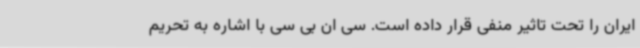
ایران را تحت تاثیر منفی قرار داده است. سی ان بی سی با اشاره به تحریم